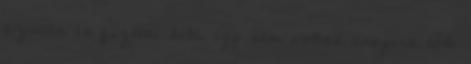
azután is fizetni kell, így sem voltak annyira tőle